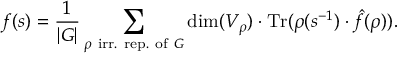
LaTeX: f ( s ) = { \frac { 1 } { | G | } } \sum _ { \rho { \mathrm { ~ i r r . ~ r e p . ~ o f ~ } } G } \dim ( V _ { \rho } ) \cdot { \mathrm { T r } } ( \rho ( s ^ { - 1 } ) \cdot { \hat { f } } ( \rho ) ) .